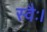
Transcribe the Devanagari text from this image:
स्वैः।